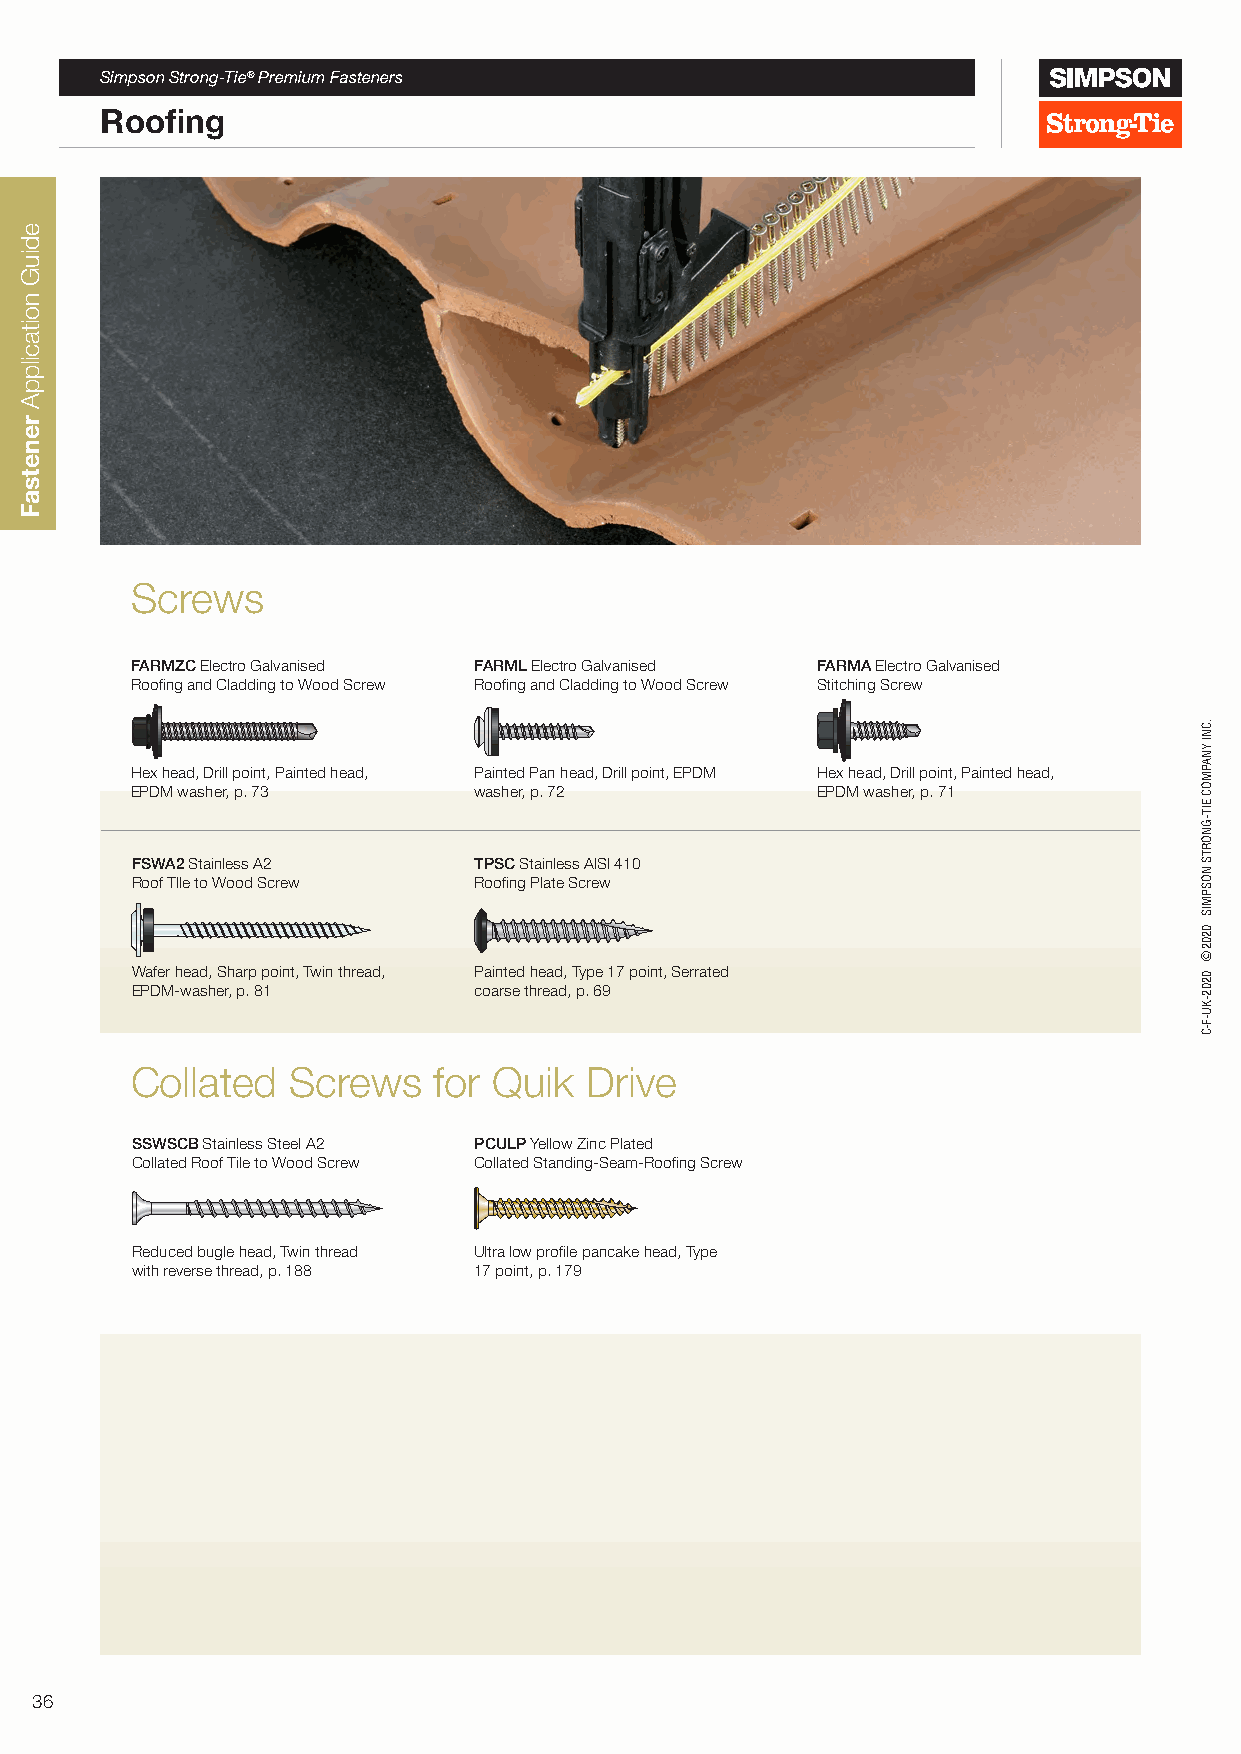
Simpson Strong-Tie® Premium Fasteners
 Roofing
 Screws
 FARMZC Electro Galvanised FARML Electro Galvanised FARMA Electro Galvanised
 Roofing and Cladding to Wood Screw Roofing and Cladding to Wood Screw Stitching Screw
 Hex head, Drill point, Painted head, Painted Pan head, Drill point, EPDM Hex head, Drill point, Painted head,
 EPDM washer, p. 73    washer, p. 72          EPDM washer, p. 71
 FSWA2 Stainless A2    TPSC Stainless AISI 410
 Roof TIle to Wood Screw Roofing Plate Screw
 G
 Wafer head, Sharp point, Twin thread, Painted head, Type 17 point, Serrated
 EPDM-washer, p. 81    coarse thread, p. 69
 Collated  Screws    for Quik  Drive
 SSWSCB Stainless Steel A2 PCULP Yellow Zinc Plated
 Collated Roof Tile to Wood Screw Collated Standing-Seam-Roofing Screw
 Reduced bugle head, Twin thread Ultra low profile pancake head, Type
 with reverse thread, p. 188 17 point, p. 179
 36
 ediuG
 noitacilppA
 renetsaF
 .CNI
 YNAPMOC
 EIT-GNORTS
 NOSPMIS
 0202©
 0202-KU-F-C